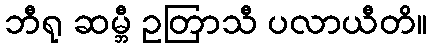
ဘီရု ဆမ္ဘီ ဥတြာသီ ပလာယီတိ။